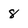
Character: 8